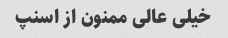
خیلی عالی ممنون از اسنپ